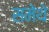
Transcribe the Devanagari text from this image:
समेथे